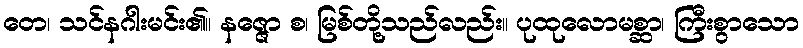
တေ၊ သင်နဂါးမင်း၏။ နဇ္ဇော စ၊ မြစ်တို့သည်လည်း။ ပုထုလောမစ္ဆာ၊ ကြီးစွာသော